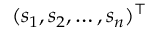
( s _ { 1 } , s _ { 2 } , \ldots , s _ { n } ) ^ { \top }